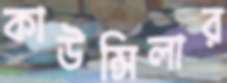
কাউন্সিলার